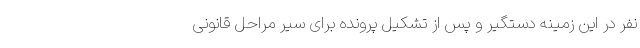
نفر در این زمینه دستگیر و پس از تشکیل پرونده برای سیر مراحل قانونی